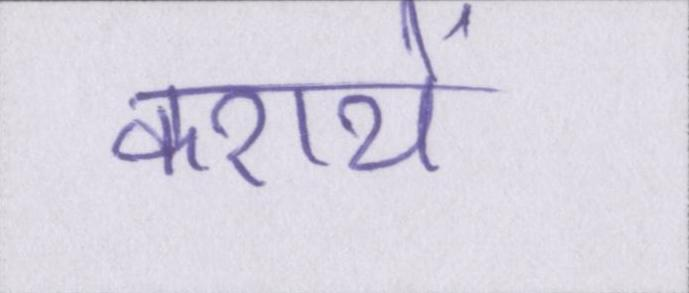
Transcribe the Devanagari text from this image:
करायें